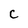
Character: C